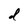
Character: d